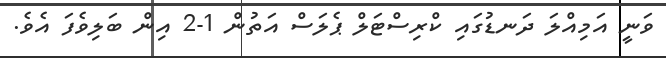
ވަނީ އަމިއްލަ ދަނޑުގައި ކްރިސްޓަލް ޕެލަސް އަތުން 1-2 އިން ބަލިވެފަ އެވެ.